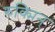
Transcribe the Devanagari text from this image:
रुक्मिन्‌